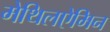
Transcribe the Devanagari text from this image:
मेथिलऐमिन